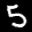
Label: 5